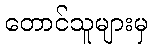
တောင်သူများမှ